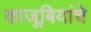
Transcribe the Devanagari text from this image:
काजूबियांचे